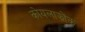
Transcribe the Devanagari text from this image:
कोयलाझोंक